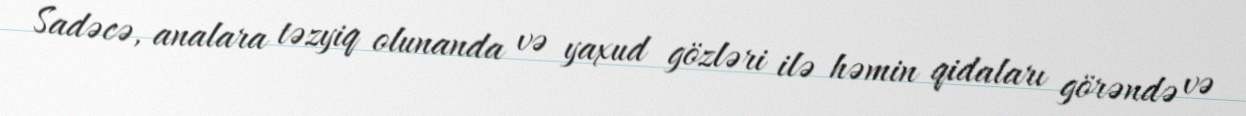
Sadəcə, analara təzyiq olunanda və yaxud gözləri ilə həmin qidaları görəndə və